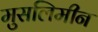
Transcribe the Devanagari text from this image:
मुसलिमीन